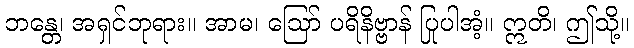
ဘန္တေ၊ အရှင်ဘုရား။ အာမ၊ ဩော် ပရိနိဗ္ဗာန် ပြုပါအံ့။ ဣတိ၊ ဤသို့။